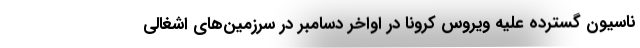
ناسیون گسترده علیه ویروس کرونا در اواخر دسامبر در سرزمین‌های اشغالی